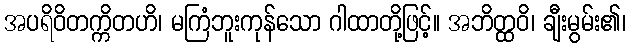
အပရိဝိတက္ကိတဟိ၊ မကြံဘူးကုန်သော ဂါထာတို့ဖြင့်။ အဘိတ္ထဝိ၊ ချီးမွမ်း၏၊